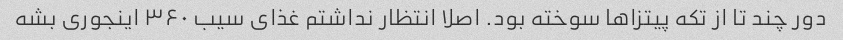
دور چند تا از تکه پیتزاها سوخته بود. اصلا انتظار نداشتم غذای سیب ۳۶۰ اینجوری بشه